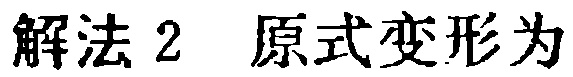
解法 2 原式变形为